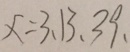
x = 3 、 1 3 、 3 9 、